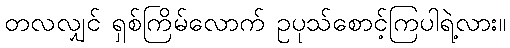
တလလျှင် ရှစ်ကြိမ်လောက် ဥပုသ်စောင့်ကြပါရဲ့လား။